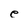
Character: e